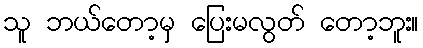
သူ ဘယ်တော့မှ ပြေးမလွတ် တော့ဘူး။